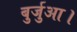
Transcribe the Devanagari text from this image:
बुर्जुआ।